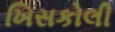
ખિસકોલી